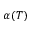
\alpha ( T )